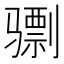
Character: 𫠌